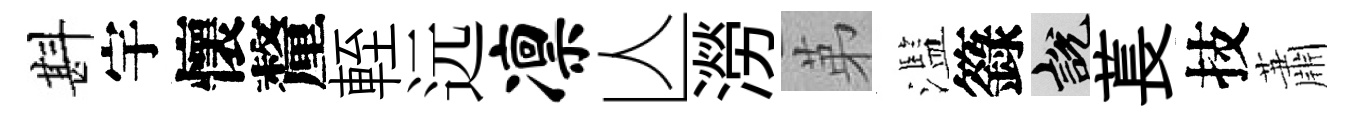
斟宇懷釐輊远凛亾澇苐濫籙説萇技蕭